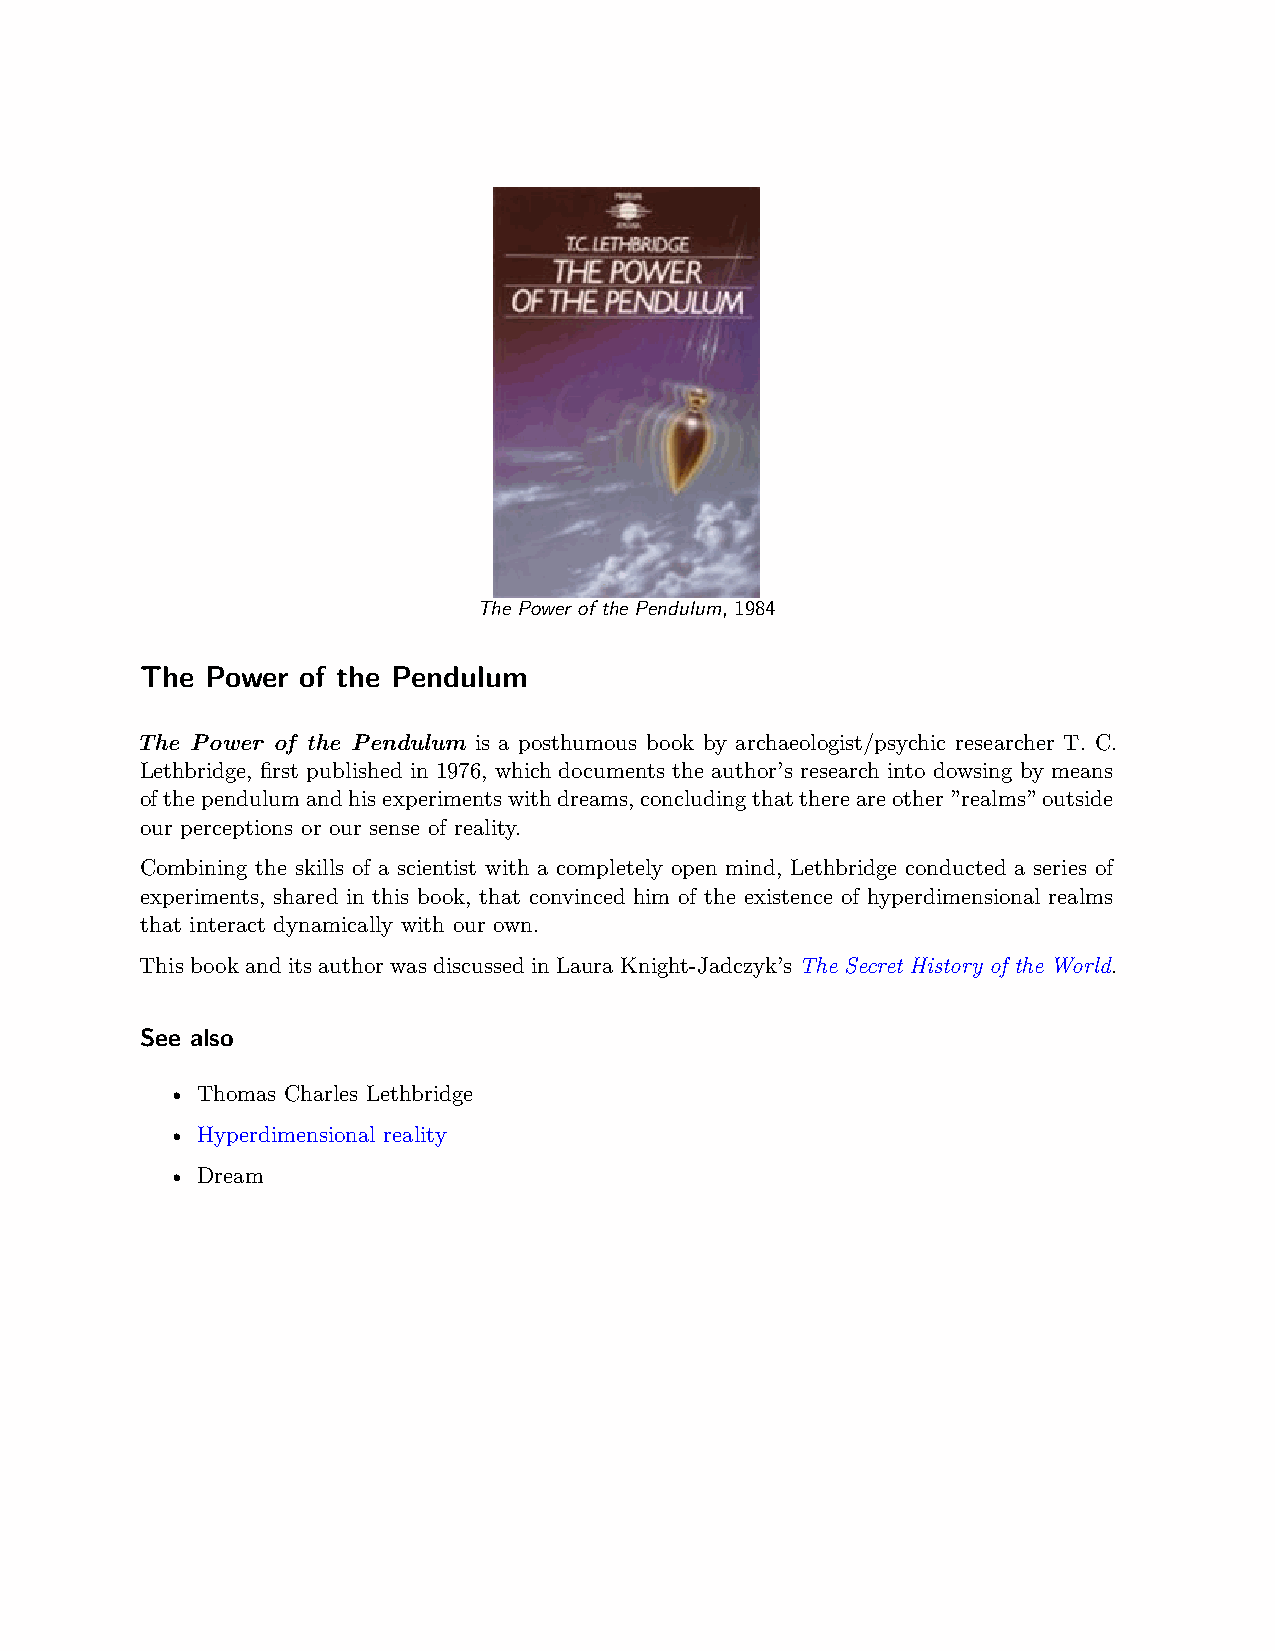
The Power of the Pendulum, 1984
 The  Power of the Pendulum
 The Power of the Pendulum is a posthumous book by archaeologist/psychic researcher T. C.
 Lethbridge, first published in 1976, which documents the author’s research into dowsing by means
 ofthependulumandhisexperimentswithdreams,concludingthatthereareother”realms”outside
 our perceptions or our sense of reality.
 Combining the skills of a scientist with a completely open mind, Lethbridge conducted a series of
 experiments, shared in this book, that convinced him of the existence of hyperdimensional realms
 that interact dynamically with our own.
 This book and its author was discussed in Laura Knight-Jadczyk’s The Secret History of the World.
 See also
 • Thomas Charles Lethbridge
 • Hyperdimensional reality
 • Dream